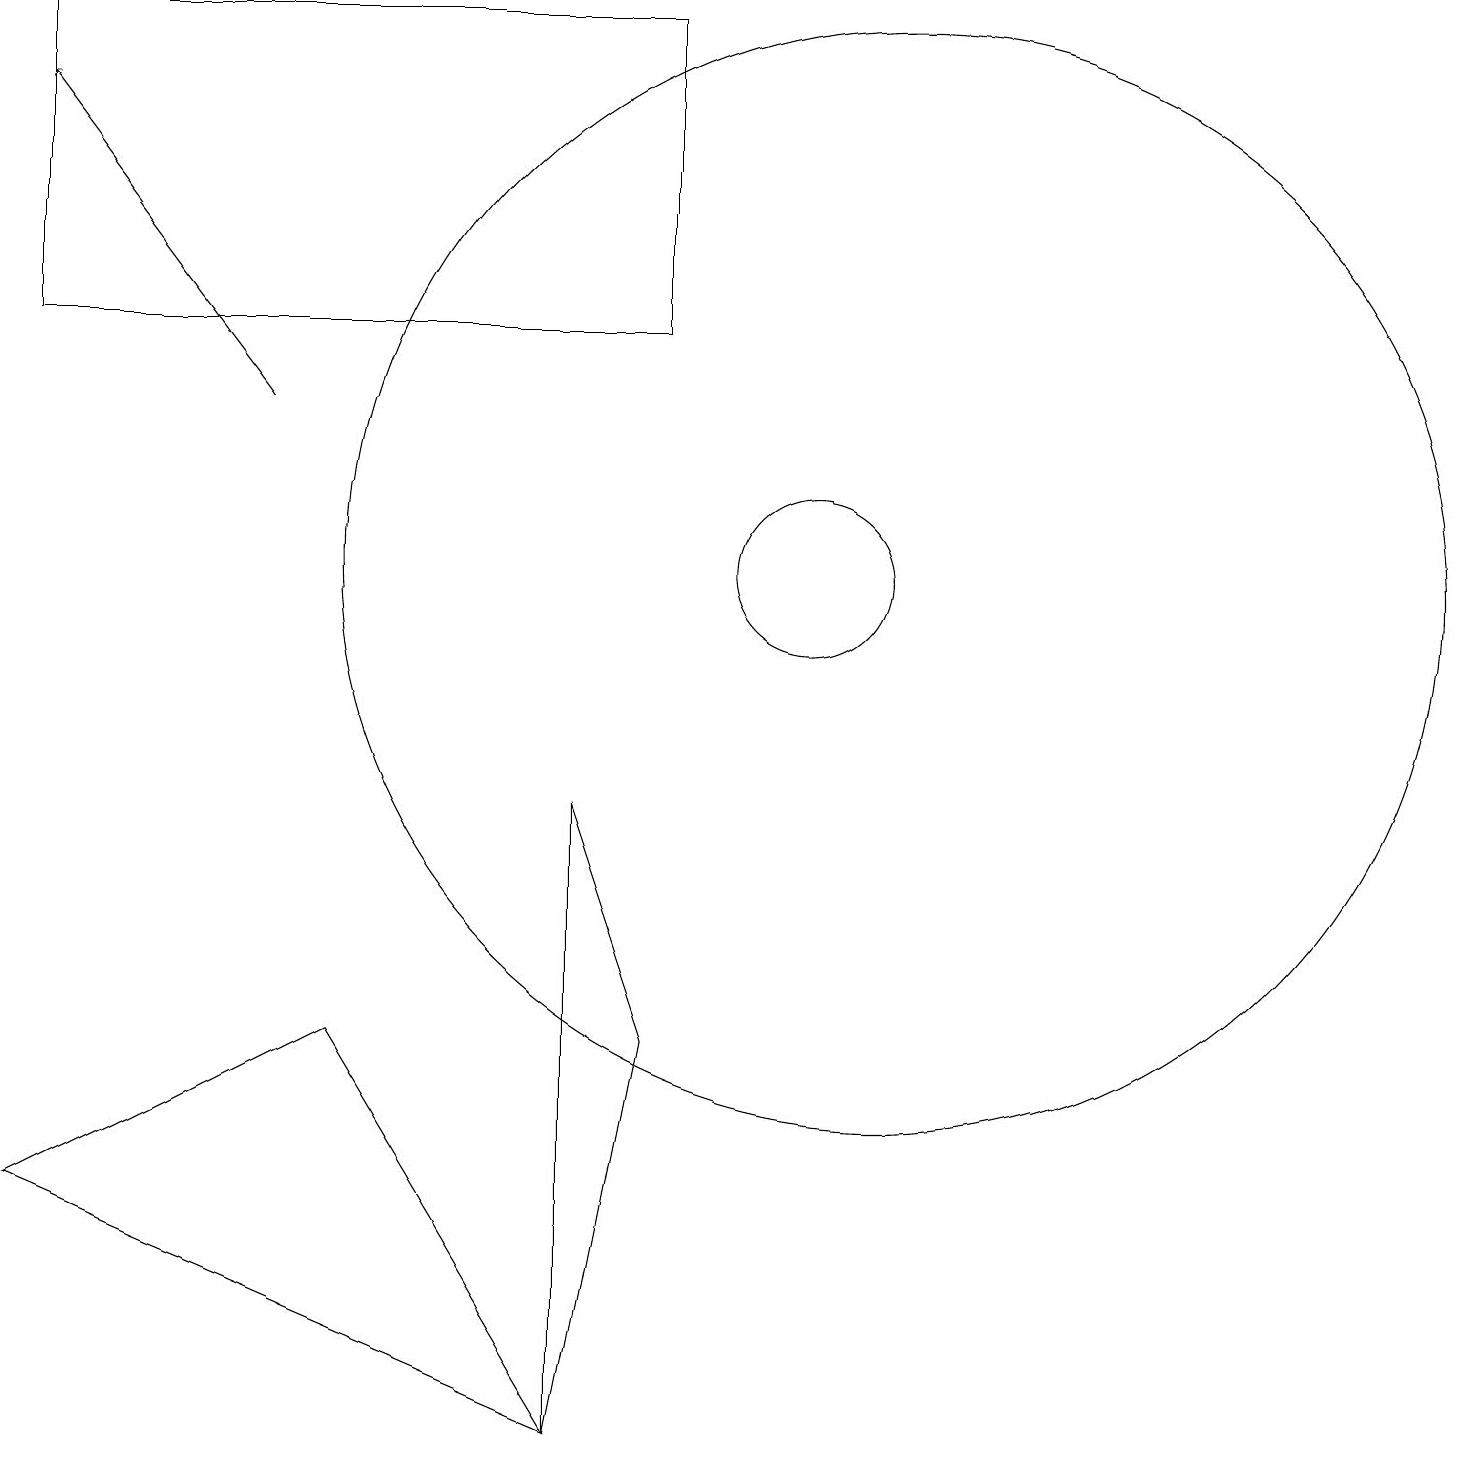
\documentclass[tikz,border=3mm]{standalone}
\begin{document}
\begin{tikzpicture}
\draw[->] (3,14) -- (0,18);
\draw (10,12) circle (1);
\draw (11,12) circle (7);
\draw (0,15) rectangle (8,19);
\draw (7,9) -- (8,6) -- (7,1) -- cycle;
\draw (0,4) -- (7,1) -- (4,6) -- cycle;
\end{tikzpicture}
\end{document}